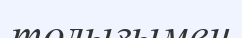
толығымен